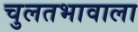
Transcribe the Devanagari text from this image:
चुलतभावाला